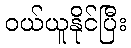
ဝယ်ယူနိုင်ပြီး